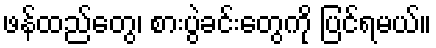
ဖန်ထည်တွေ၊ စားပွဲခင်းတွေကို ပြင်ရမယ်။